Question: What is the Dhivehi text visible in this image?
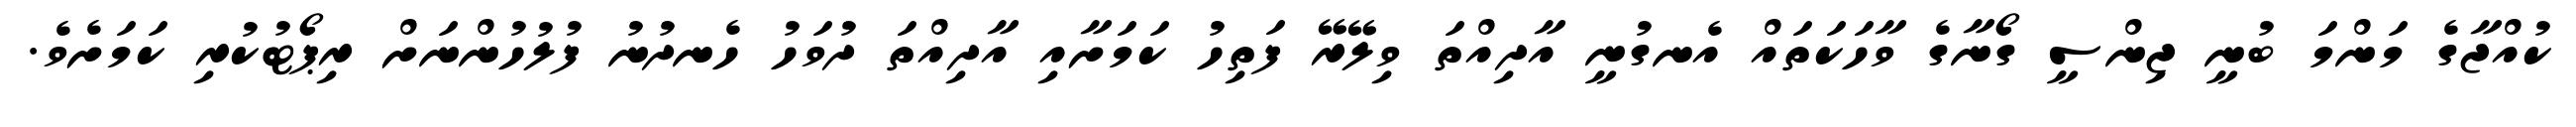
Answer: ކުއްޖާގެ މަންމަ ބުނީ ޖިންސީ ގޯނާގެ ވާހަކަތައް އެނގުނީ އާދިއްތަ ވިލޭރޭ ފަތިހު ކަމަށާއި އާދިއްތަ ދުވަހު ހެނދުނު ފުލުހުންނަށް ރިޕޯޓުކުރި ކަމަށެވެ.